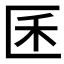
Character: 𰅤